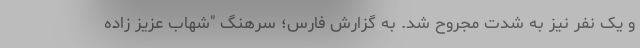
و یک نفر نیز به شدت مجروح شد. به گزارش فارس؛ سرهنگ "شهاب عزیز زاده